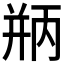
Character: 𪪃